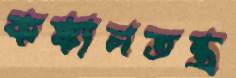
কঙ্কালতন্ত্র